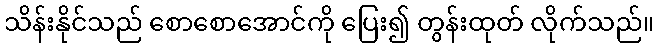
သိန်းနိုင်သည် စောစောအောင်ကို ပြေး၍ တွန်းထုတ် လိုက်သည်။